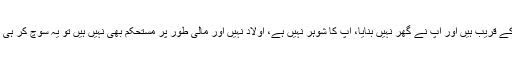
لیکن اگر آپ 30 برس کے قریب ہیں اور آپ نے گھر نہیں بنایا، آپ کا شوہر نہیں ہے، اولاد نہیں اور مالی طور پر مستحکم بھی نہیں ہیں تو یہ سوچ کر ہی بے چینی بڑھ جاتی ہے۔